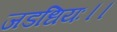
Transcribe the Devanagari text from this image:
जडधियः।।